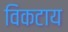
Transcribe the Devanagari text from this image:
विकटाय